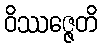
ဝိဿဇ္ဇေတိ